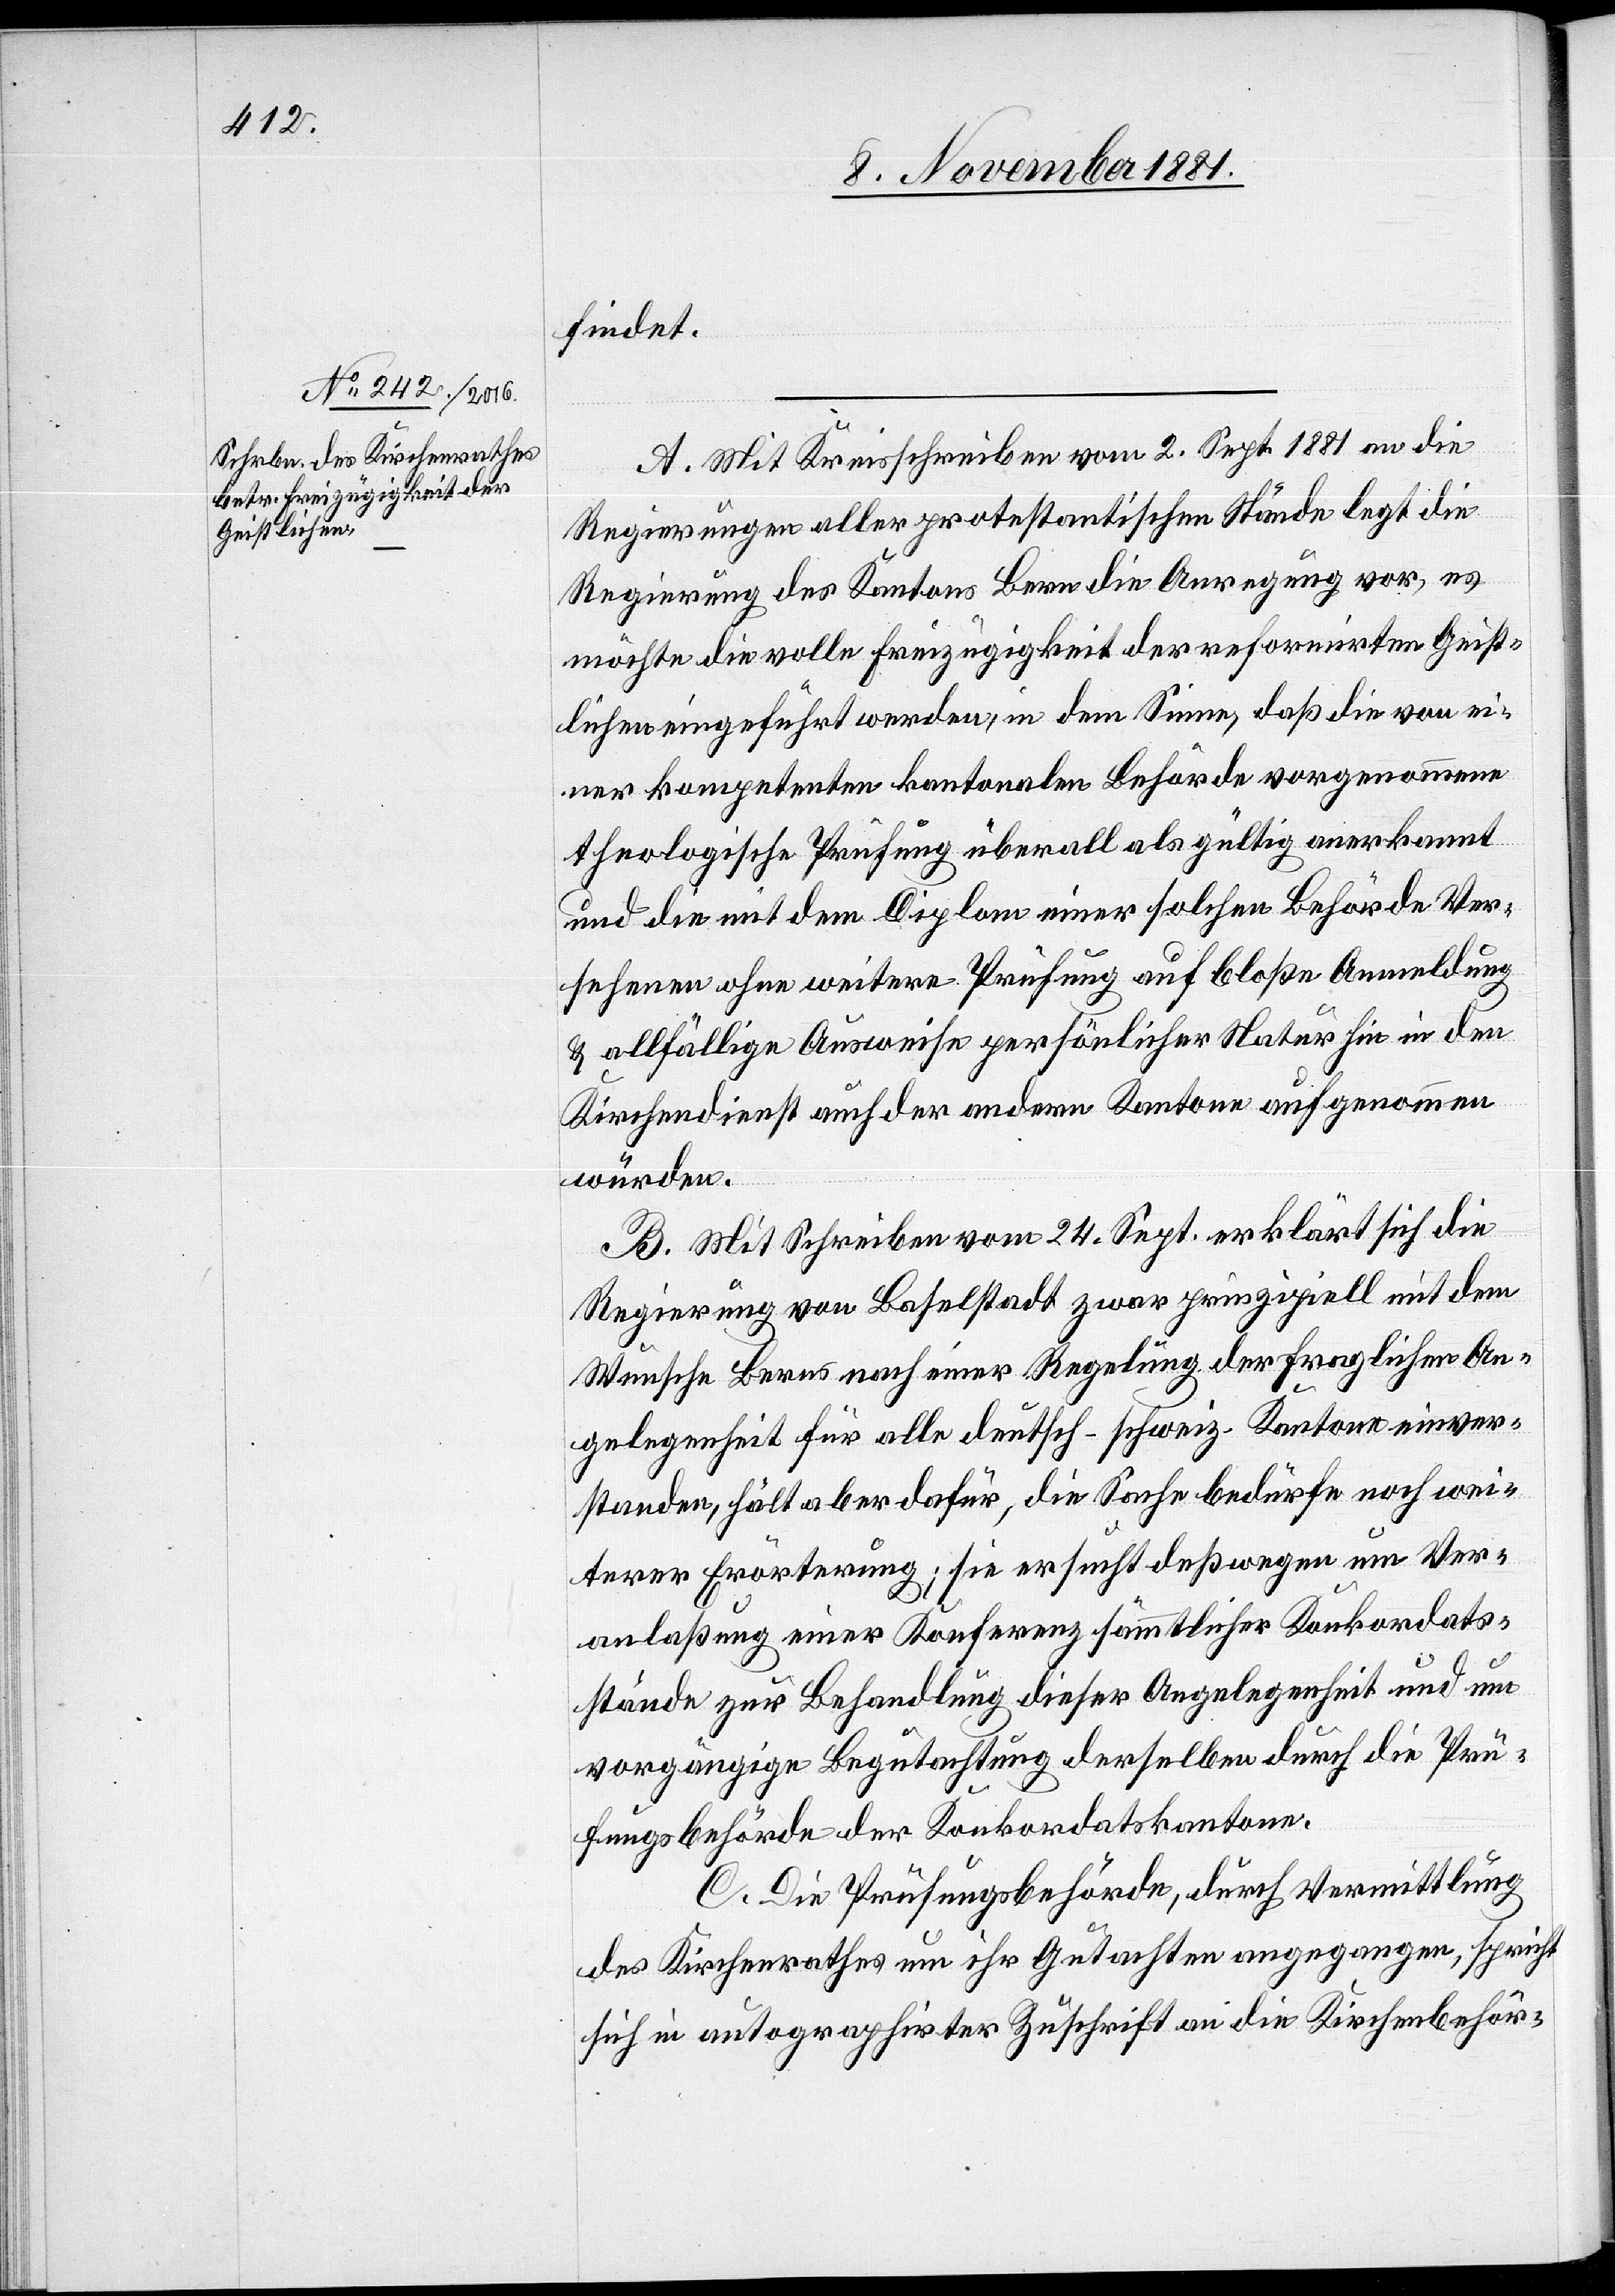
findet.
A. Mit Kreisschreiben vom 2. Sept. 1881 an die
Regierungen aller protestantischen Stände legt die
Regierung des Kantons Bern die Anregung vor, es
möchte die volle Freizügigkeit der reformirten Geist¬
lichen eingeführt werden, in dem Sinne, daß die von ei¬
ner kompetenten kantonalen Behörde vorgenommene
theologische Prüfung überall als gültig anerkannt
und die mit dem Diplom einer solchen Behörde Ver¬
sehenen ohne weitere Prüfung auf bloße Anmeldung
& allfällige Ausweise persönlicher Natur hin in den
Kirchendienst auch der andern Kantone aufgenommen
würden.
B. Mit Schreiben vom 24. Sept. erklärt sich die
Regierung von Baselstadt zwar prinzipiell mit dem
Wunsche Berns nach einer Regelung der fraglichen An¬
gelegenheit für alle deutsch-schweiz. Kantone einver¬
standen, hält aber dafür, die Sache bedürfe noch wei¬
terer Erörterung; sie ersucht deßwegen um Ver¬
anlaßung einer Konferenz sämmtlicher Konkordats¬
stände zur Behandlung dieser Angelegenheit und um
vorgängige Begutachtung derselben durch die Prü¬
fungsbehörde der Konkordatskantone.
C. Die Prüfungsbehörde, durch Vermittlung
des Kirchenrathes um ihr Gutachten angegangen, spricht
sich in autographirter Zuschrift an die Kirchenbehör-